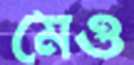
মেও